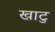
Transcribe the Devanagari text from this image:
खाटु